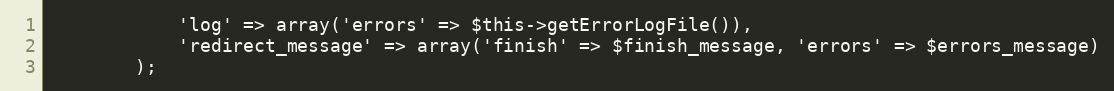
Language: PHP
            'log' => array('errors' => $this->getErrorLogFile()),
            'redirect_message' => array('finish' => $finish_message, 'errors' => $errors_message)
        );